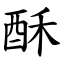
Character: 酥